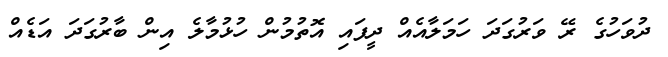
ދުވަހުގެ ރޭ ވަރުގަދަ ހަމަލާއެއް ދީފައި އޮތުމުން ހުޅުމާލެ އިން ބާރުގަދަ އަޑެއް